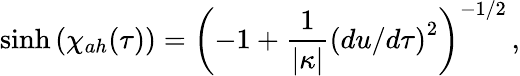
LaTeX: \sinh{(\chi_{ah}(\tau))}=\left(-1+{\frac{1}{\vert\kappa\vert}}\left(du/d\tau\right)^{2}\right)^{-1/2}\, ,